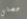
حصتي